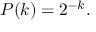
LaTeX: P ( k ) = 2 ^ { - k } .